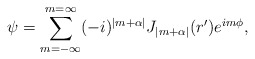
\begin{align*}\psi = \sum_{m= -\infty}^{m= \infty} (-i)^{ |m+ \alpha|} J_{|m+ \alpha|} (r') e^{i m \phi},\end{align*}